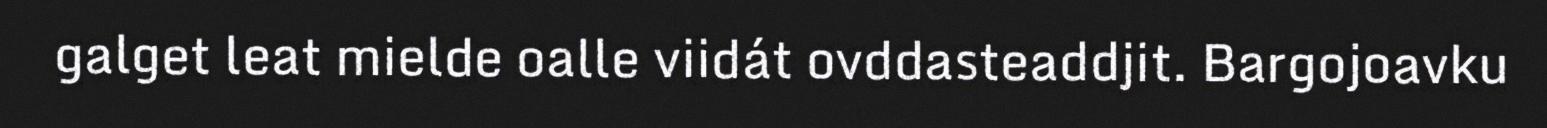
galget leat mielde oalle viidát ovddasteaddjit. Bargojoavku